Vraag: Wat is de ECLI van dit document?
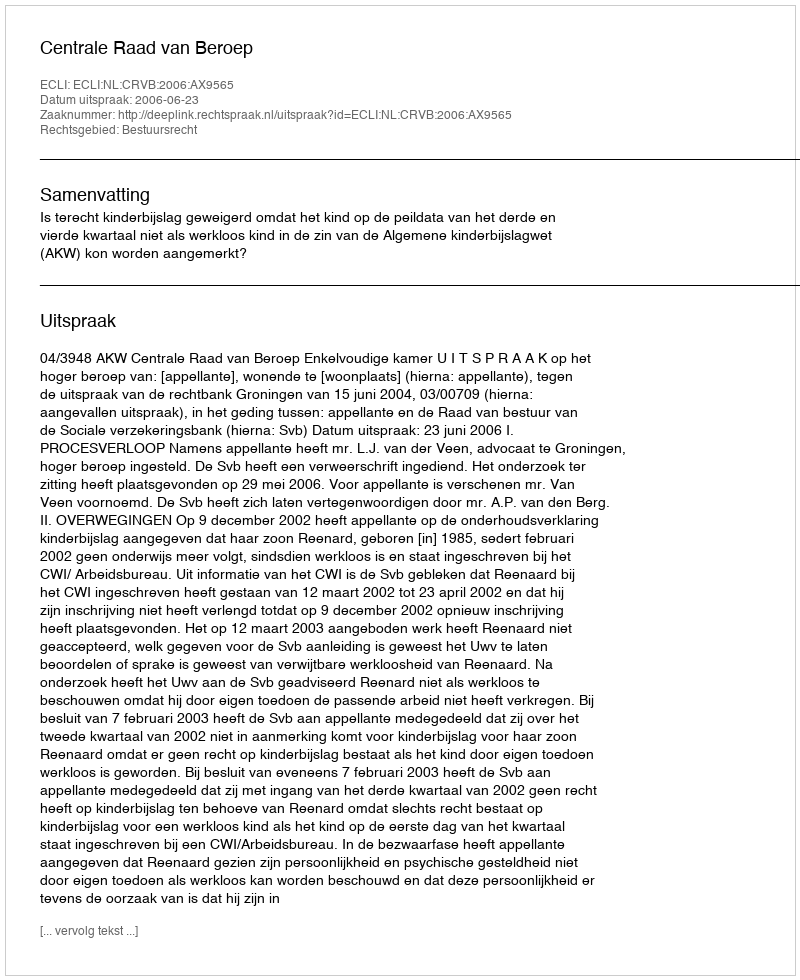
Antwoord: ECLI:NL:CRVB:2006:AX9565